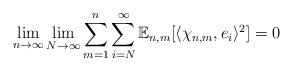
LaTeX: \begin{align*}\lim_{n \to \infty} \lim_{N \to \infty} \sum_{m=1}^{n} \sum_{i = N}^{\infty} \mathbb{E}_{n,m}[\langle \chi_{n,m}, e_i \rangle ^2] = 0\end{align*}